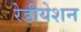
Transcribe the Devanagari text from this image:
रेडीयेशन